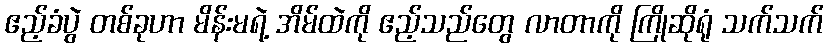
ဧည့်ခံပွဲ တစ်ခုဟာ မိန်းမရဲ့ အိမ်ထဲကို ဧည့်သည်တွေ လာတာကို ကြိုဆိုရုံ သက်သက်